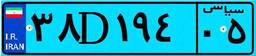
۳۸D۱۹۴۰۵